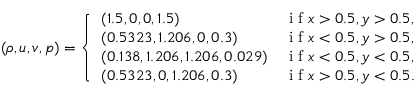
( \rho , u , v , p ) = \left\{ \begin{array} { l l } { ( 1 . 5 , 0 , 0 , 1 . 5 ) } & { \mathrm { ~ i ~ f ~ } x > 0 . 5 , y > 0 . 5 , } \\ { ( 0 . 5 3 2 3 , 1 . 2 0 6 , 0 , 0 . 3 ) } & { \mathrm { ~ i ~ f ~ } x < 0 . 5 , y > 0 . 5 , } \\ { ( 0 . 1 3 8 , 1 . 2 0 6 , 1 . 2 0 6 , 0 . 0 2 9 ) } & { \mathrm { ~ i ~ f ~ } x < 0 . 5 , y < 0 . 5 , } \\ { ( 0 . 5 3 2 3 , 0 , 1 . 2 0 6 , 0 . 3 ) } & { \mathrm { ~ i ~ f ~ } x > 0 . 5 , y < 0 . 5 . } \end{array} \right.